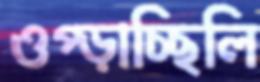
ওপ্‌ড়াচ্ছিলি